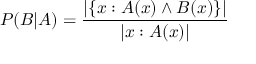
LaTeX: P ( B | A ) = { \frac { | \{ x : A ( x ) \land B ( x ) \} | } { | x : A ( x ) | } }